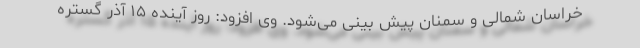
خراسان شمالی و سمنان پیش بینی می‌شود. وی افزود: روز آینده ۱۵ آذر گستره